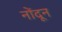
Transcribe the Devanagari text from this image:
नोंदून